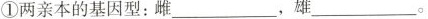
①两亲本的基因型：雌___,雄___。